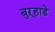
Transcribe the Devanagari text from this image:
बुऱ्हाडे